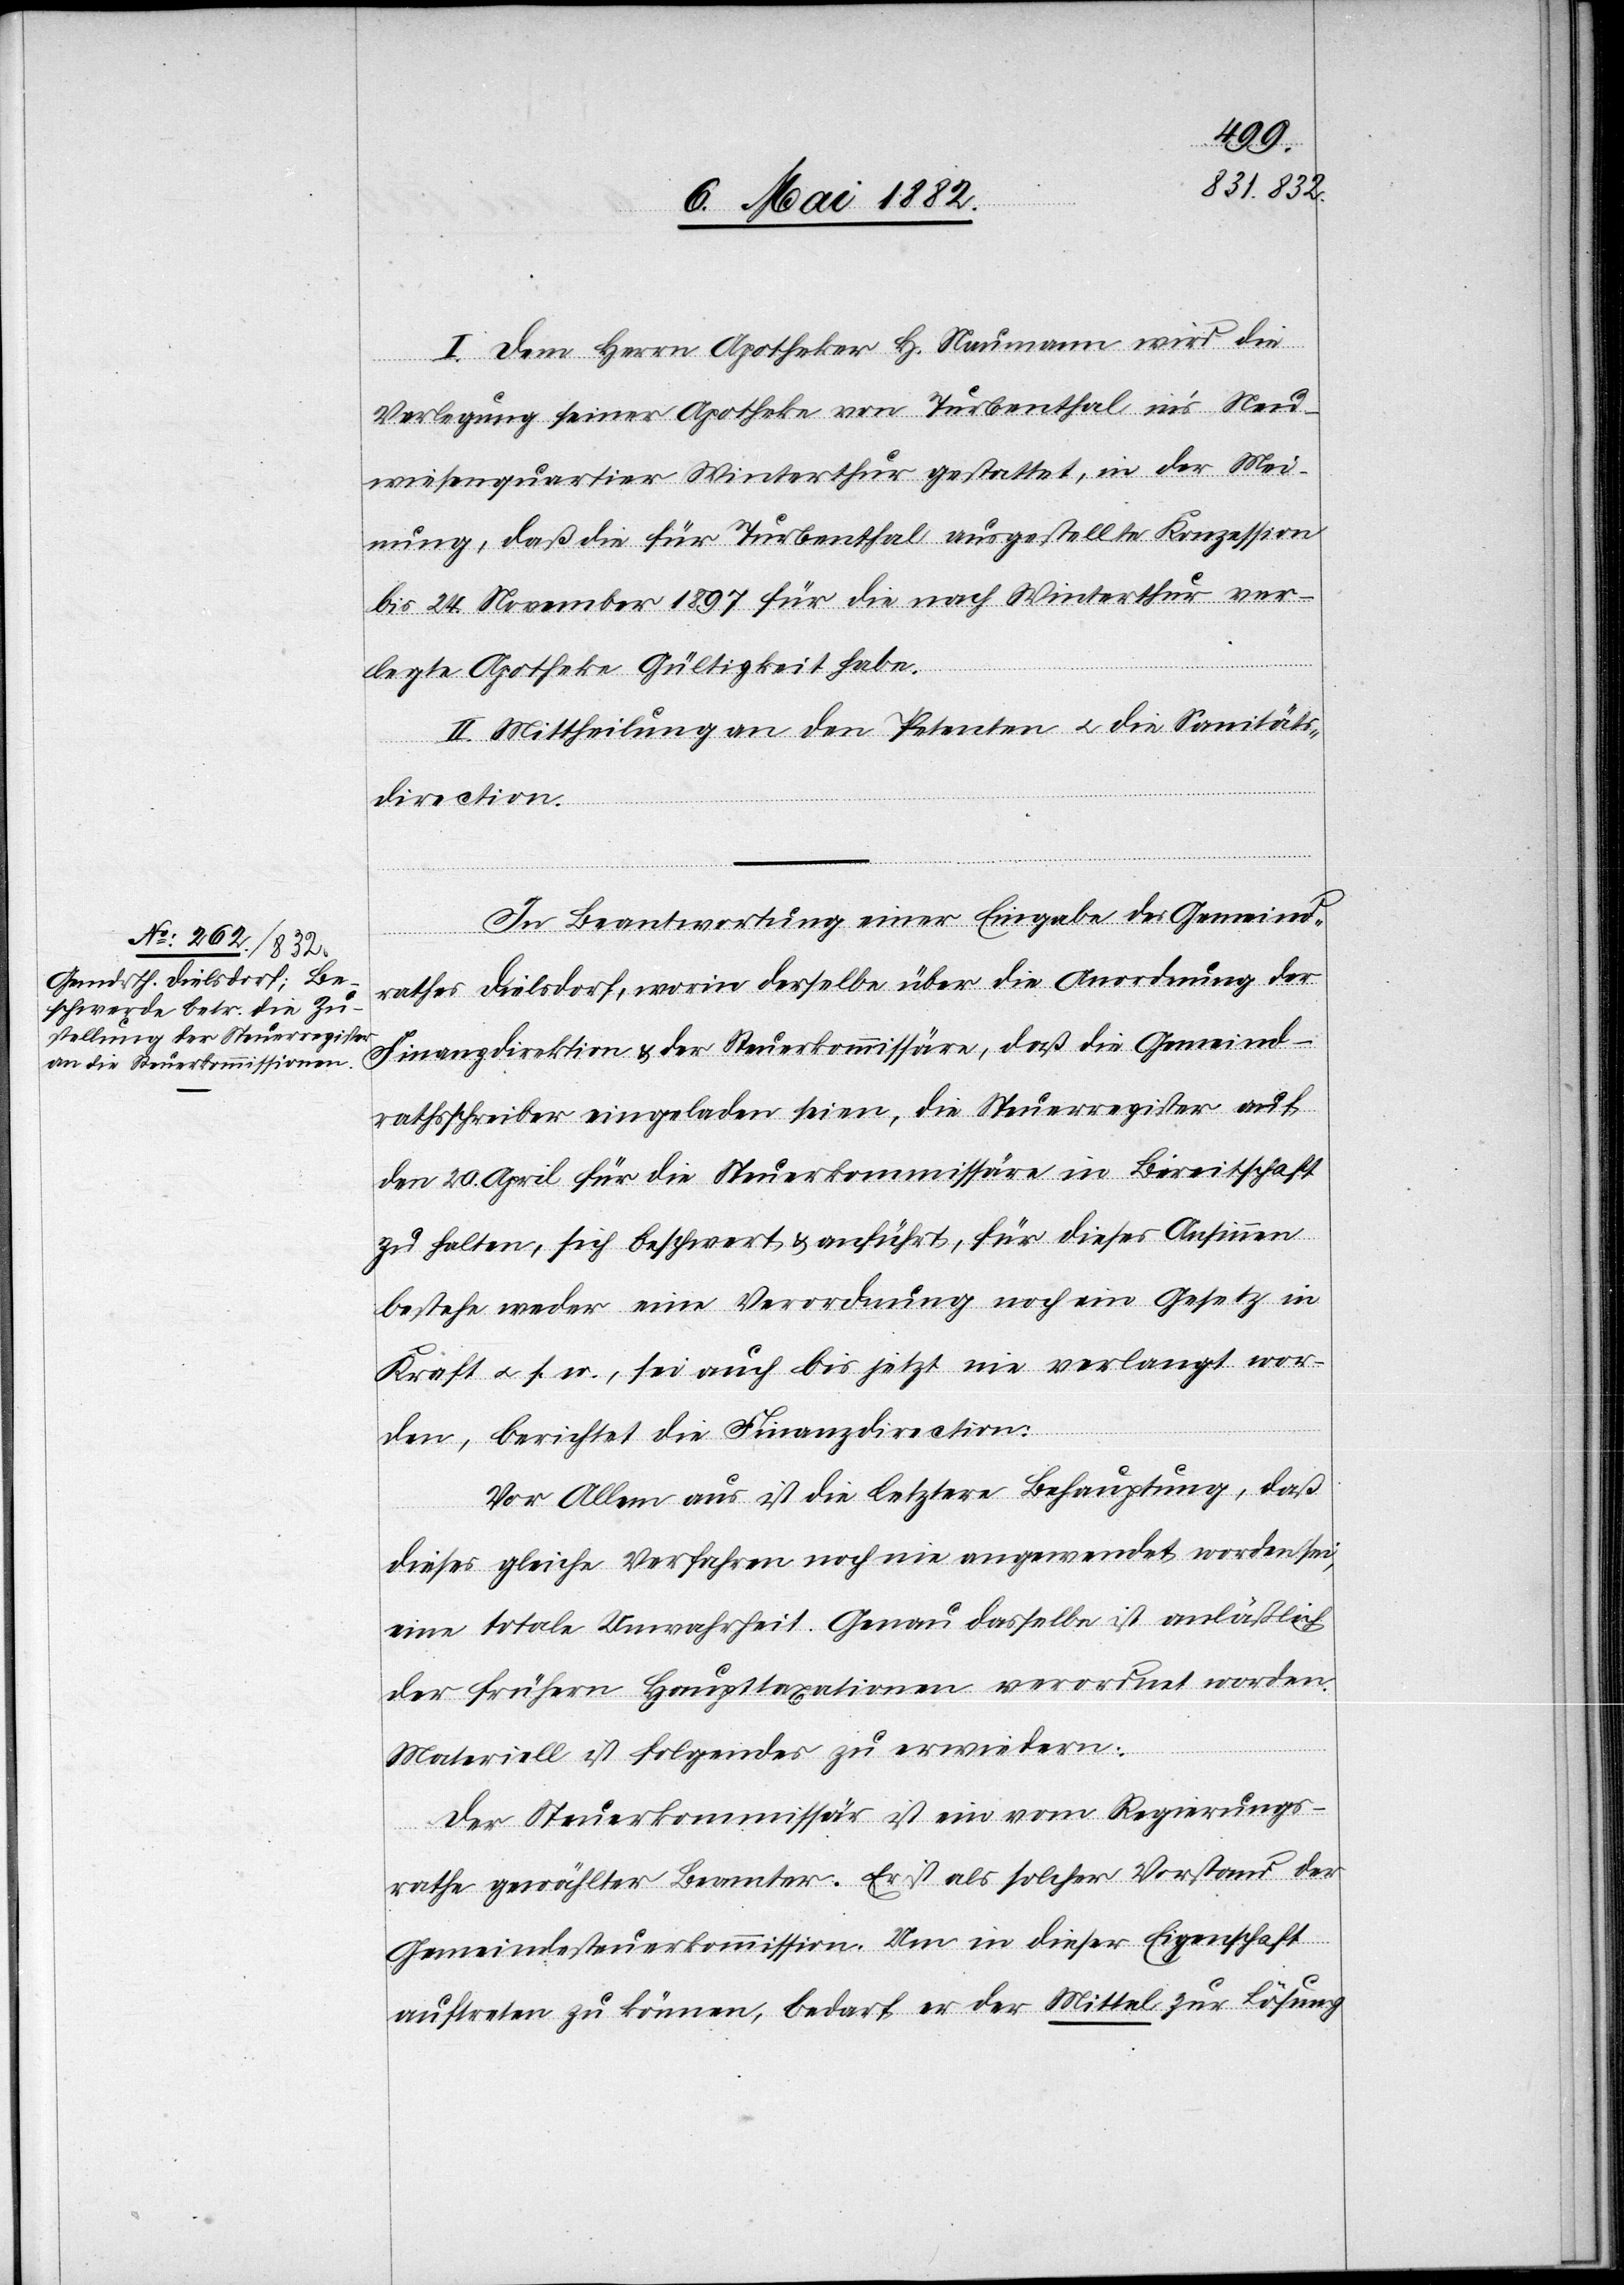
I. Dem Herrn Apotheker H. Naumann wird die
Verlegung seiner Apotheke von Turbenthal in’s Neu¬
wiesenquartier Winterthur gestattet, in der Mei¬
nung, daß die für Turbenthal ausgestellte Konzession
bis 24. November 1897 für die nach Winterthur ver¬
legte Apotheke Gültigkeit habe.
II. Mittheilung an den Petenten u. die Sanitäts¬
direction.
In Beantwortung einer Eingabe des Gemeind¬
rathes Dielsdorf, worin derselbe über die Anordnung der
Finanzdirektion & der Steuerkommissäre, daß die Gemeind¬
rathsschreiber eingeladen seien, die Steuerregister auf
den 20. April für die Steuerkommissäre in Bereitschaft
zu halten, sich beschwert & anführt, für dieses Ansinnen
bestehe weder eine Verordnung noch ein Gesetz in
Kraft u. s. w., sei auch bis jetzt nie verlangt wor¬
den, berichtet die Finanzdirection:
Vor Allem aus ist die letztere Behauptung, daß
dieses gleiche Verfahren noch nie angewendet worden sei,
eine totale Unwahrheit. Genau dasselbe ist anläßlich
der frühern Haupttaxationen verordnet worden.
Materiell ist folgendes zu erwiedern
Der Steuerkommissär ist ein vom Regierungs¬
rathe gewählter Beamter. Er ist als solcher Vorstand der
Gemeindesteuerkommission. Um in dieser Eigenschaft
auftreten zu können, bedarf er der Mittel zur Lösung